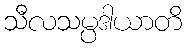
သီလသမ္ပဒါယာတိ